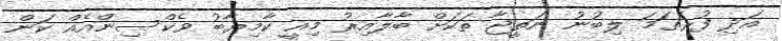
އަދި ފުރަތަމަ ލިބުނު ނަތީޖާ ތަކަށް ބާލާއިރު މިއީ ކާމިޔާބު ވެކްސިންއެއް ކަން